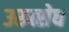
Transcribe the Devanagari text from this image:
उरूत्सेध